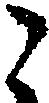
こ